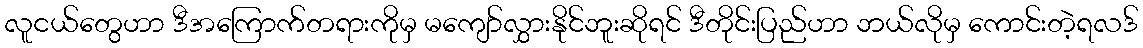
လူငယ်တွေဟာ ဒီအကြောက်တရားကိုမှ မကျော်လွှားနိုင်ဘူးဆိုရင် ဒီတိုင်းပြည်ဟာ ဘယ်လိုမှ ကောင်းတဲ့ရလဒ်